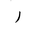
Letter: _ra